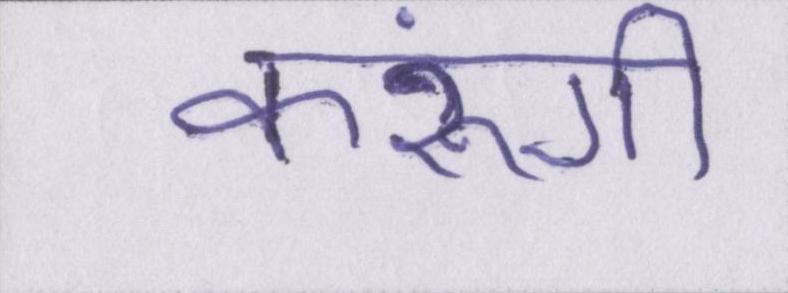
करूंगी